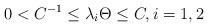
LaTeX: \begin{align*}0<C^{-1}\leq \lambda_i\Theta\leq C,i=1,2\end{align*}